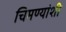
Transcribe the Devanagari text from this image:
चिमण्यांशी